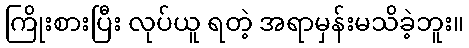
ကြိုးစားပြီး လုပ်ယူ ရတဲ့ အရာမှန်းမသိခဲ့ဘူး။